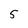
Character: 5